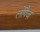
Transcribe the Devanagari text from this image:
लोपैज़